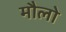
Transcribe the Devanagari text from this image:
मौलो